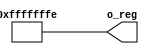
module R__2(output [31:0] o_reg);

assign o_reg=-32'd2;

endmodule